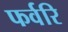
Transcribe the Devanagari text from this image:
फर्वरि